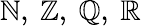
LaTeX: \mathbb{N},\ \mathbb{Z},\ \mathbb{Q},\ \mathbb{R}